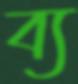
ব্য